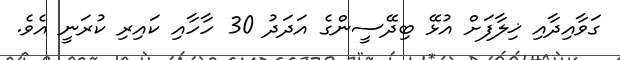
ގަވާއިދާއި ޚިލާފަށް އުޅޭ ބިދޭސީންގެ އަދަދު 30 ހާހާއި ކައިރި ކުރަނީ އެވެ.